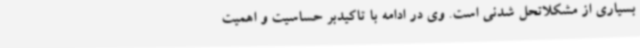
بسیاری از مشکلاتحل شدنی است. وی در ادامه با تاکیدبر حساسیت و اهمیت